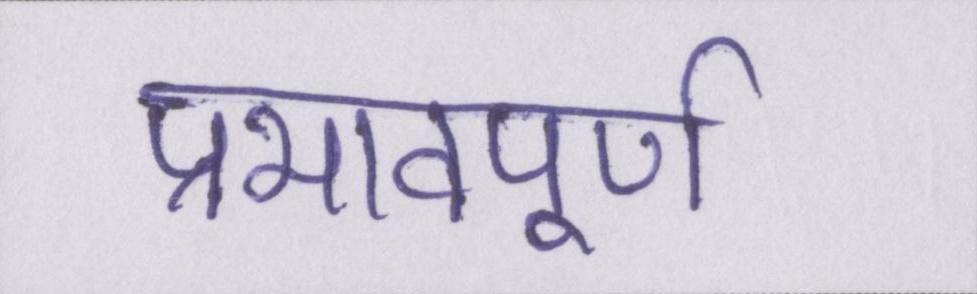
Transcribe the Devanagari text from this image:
प्रभावपूण्र